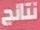
نتائج